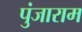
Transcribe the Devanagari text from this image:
पुंजाराम